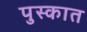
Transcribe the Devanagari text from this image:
पुस्कात